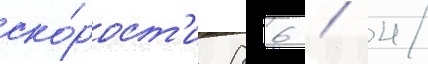
ско́рост'и 86 / 4